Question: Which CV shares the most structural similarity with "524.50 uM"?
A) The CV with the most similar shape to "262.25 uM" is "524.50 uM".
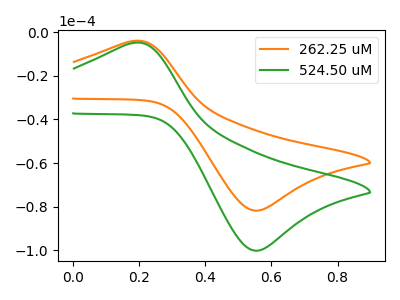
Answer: <think>The orange curve "262.25 uM" has an anodic peak at (0.20V, -4.00uA) and a cathodic peak at (0.55V, -81.85uA). The green curve "524.50 uM" has an anodic peak at (0.20V, -4.90uA) and a cathodic peak at (0.55V, -100.20uA).
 All the peaks in "262.25 uM" have a peak in "524.50 uM" at the same potential.</think>
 <answer>A) The CV with the most similar shape to "262.25 uM" is "524.50 uM".</answer>
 <eval>A</eval>